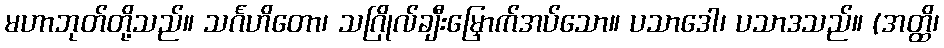
မဟာဘုတ်တို့သည်။ သင်္ဂဟိတော၊ သဂြိုလ်ချီးမြှောက်အပ်သော။ ပသာဒေါ၊ ပသာဒသည်။ (အတ္ထိ၊